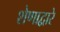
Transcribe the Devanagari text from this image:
शेणाद्वारे